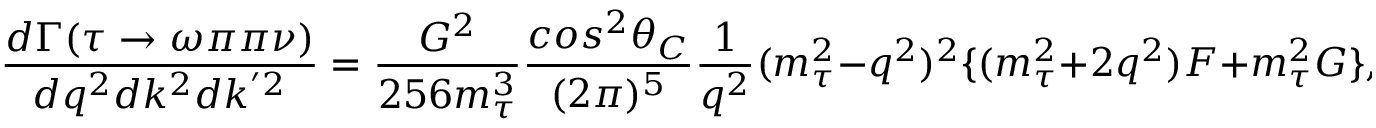
\frac { d \Gamma ( \tau \rightarrow \omega \pi \pi \nu ) } { d q ^ { 2 } d k ^ { 2 } d k ^ { ' 2 } } = \frac { G ^ { 2 } } { 2 5 6 m _ { \tau } ^ { 3 } } \frac { c o s ^ { 2 } \theta _ { C } } { ( 2 \pi ) ^ { 5 } } { \frac { 1 } { q ^ { 2 } } } ( m _ { \tau } ^ { 2 } - q ^ { 2 } ) ^ { 2 } \{ ( m _ { \tau } ^ { 2 } + 2 q ^ { 2 } ) F + m _ { \tau } ^ { 2 } G \} ,